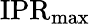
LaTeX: \mathrm{IPR}_{\operatorname*{max}}